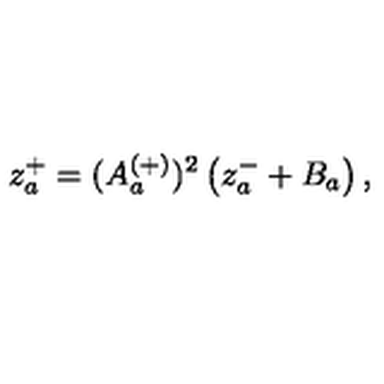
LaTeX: z _ { a } ^ { + } = ( A _ { a } ^ { ( + ) } ) ^ { 2 } \left( z _ { a } ^ { - } + B _ { a } \right) ,